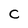
Character: C